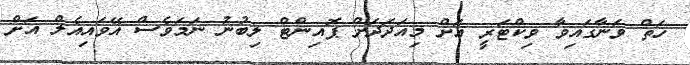
ހަތް ވަނާގައިވާ ވިކްޓަރީ އަށް މިއަދަދަށް ޕޮއިންޓް ލިބުނު ނަމަވެސް އޭވައިއެލް އަށް